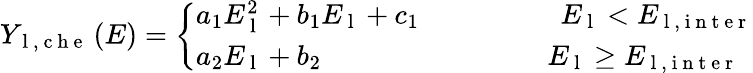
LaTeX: Y_{\mathrm{~l~,~c~h~e~}}\left(E\right)=\left\{ \begin{array}{l}{a_{1}E_{\mathrm{~l~}}^{2}+b_{1}E_{\mathrm{~l~}}+c_{1}\quad\qquad\qquad E_{\mathrm{~l~}}<{E_{\mathrm{~l~,~i~n~t~e~r~}}}}\\ {a_{2}E_{\mathrm{~l~}}+b_{2}\qquad\qquad\qquad\qquad E_{\mathrm{~l~}}\ge{E_{\mathrm{~l~,~i~n~t~e~r~}}}}\end{array}\right.